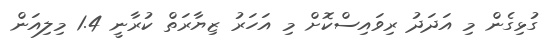
ގުޅިގެން މި އަދަދު ރިވައިސްކޮށް މި އަހަރު ޒިޔާރަތް ކުރާނީ 1.4 މިލިއަން